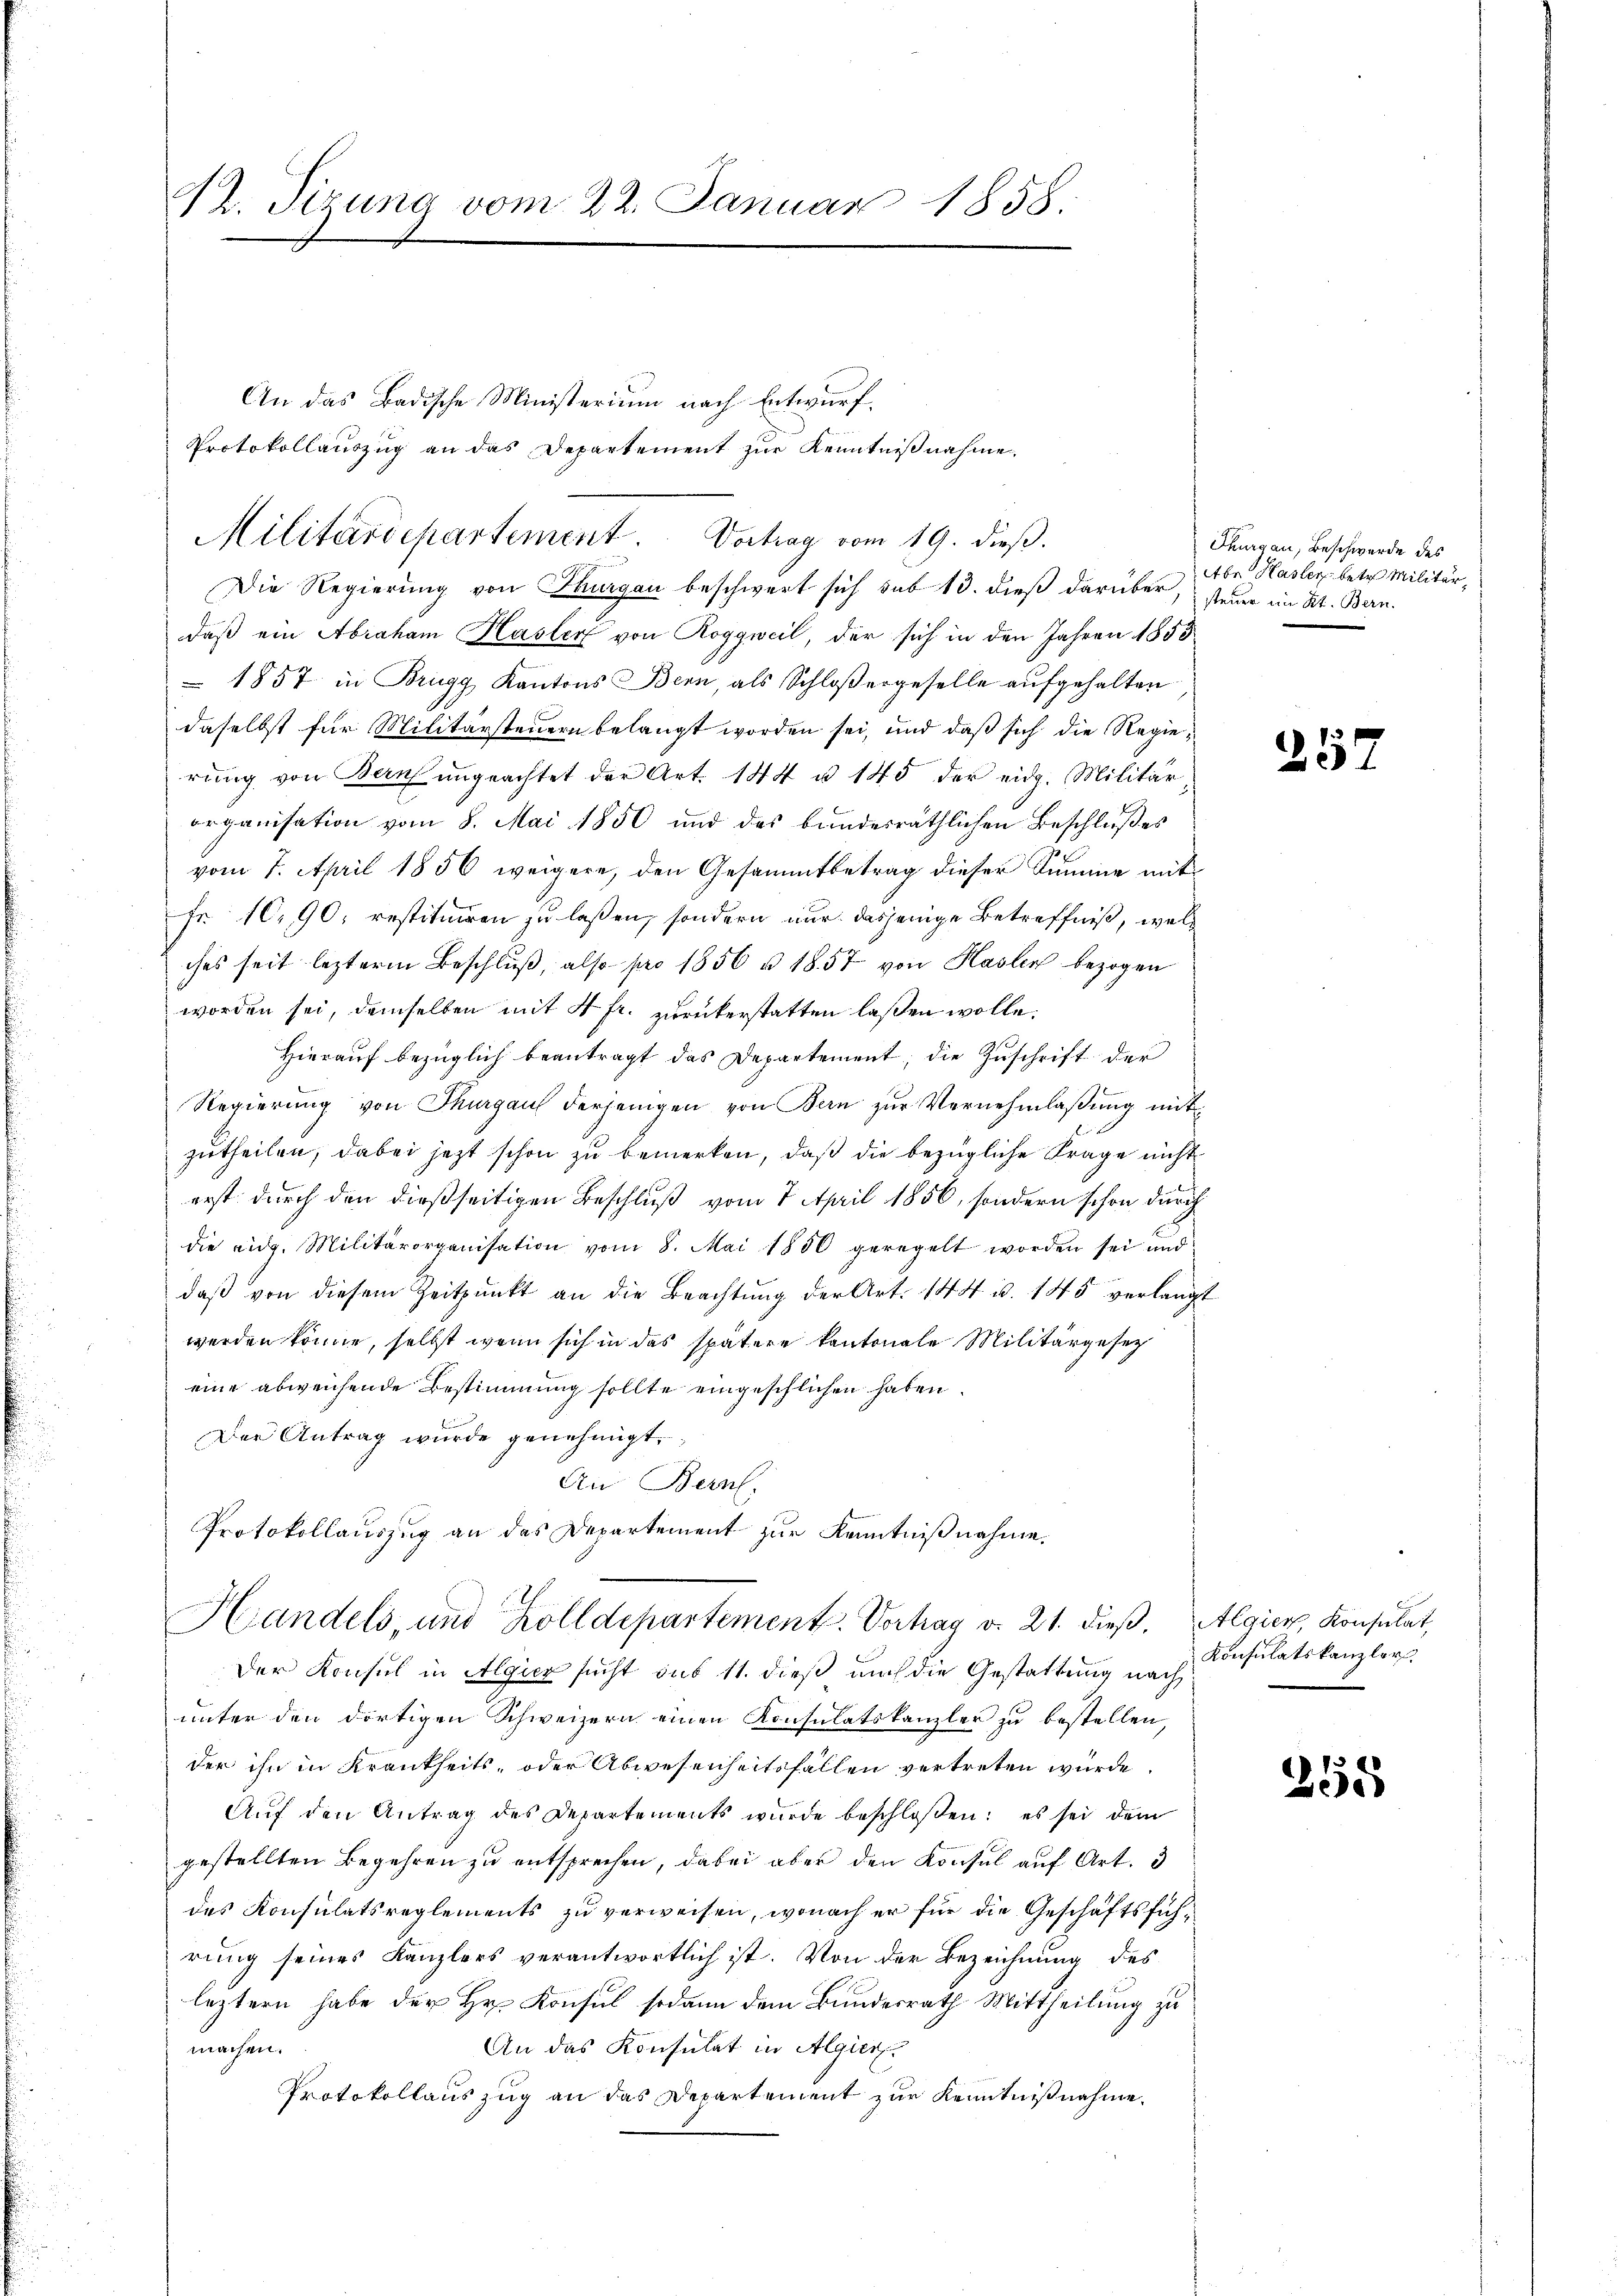
M. Pizuna vom 22. Januar 1858.

Militärdepartement. Vortrag vom 19. dieβ.

An das Badische Ministerium nach Entwurf.
Protokollauszug an das Departement zur Kenntnißnahme

Die Regierung von Thurgau beschwert sich sub 13. dieß darüber, steuer im Kt. Bern.
daß ein Abraham Hasler von Roggweil, der sich in den Jahren 1853
1857 in Brugg Kantons Bern, als Schloßergeselle aufgehalten
daselbst für Militärsteuern belangt worden sei, und daß sich die Regierung von Bern ungeachtet der Art. 144 u. 145 der eidg. Militär
organisation vom 8. Mai 1850 und des bundesräthlichen Beschlußes
vom 7. April 1856 weigere, den Gesammtbetrag dieser Summe mit¬
Fr. 10. 90, restituiren zu laßen, sondern nur dasjenige Betreffniß, welches seit lezterm Beschluß, also pro 1856 u. 1857 von Haslen bezogen
worden sei, demselben mit 4 fr. zurückerstatten laßen wolle.
Hierauf bezüglich beantragt das Departement, die Zuschrift der
Regierung von Thurgaus derjenigen von Bern zur Vernehmlaßung mit
zutheilen, dabei jetzt schon zu bemerken, daß die bezügliche Frage nicht
erst durch den dießseitigen Beschluß vom 7. April 1856, sondern schon durch
die eidg. Militärorganisation vom 8. Mai 1850 geregelt worden sei und
daβ von diesem Zeitpunkt an die Beachtŭng der Art. 144 u. 145 verlangt
werden könne, selbst wenn sich in das spätere kantonale Militärgesetz
eine abweichende Bestimmung sollte eingeschlichen haben.
Der Antrag wurde genehmigt.
An Bern.
Protokollauszug an das Departement zur Kenntnißnahme,

Handels, und Zolldepartement. Vorhag d. 21. dieß. Algien, Konsulat,

Thurgau, Beschwerde des
Abe Hasler betr. Militär¬

Der Konsul in Algier sucht sub 11. dieß auch die Gestattung nach
unter den dortigen Schweizern einen Konsulatskanzler zu bestellen,
der ihn in Krankheits- oder Abwesenheitsfallen vertreten würde.
Auf den Antrag des Departements wurde beschloßen: es sei dem
gestellten Begehren zu entsprechen, dabei aber den Konsul auf Art. 3
des Konsulatsreglements zu verweisen, wonach er für die Geschäftsführung seines Kanzlers verantwortlich ist. Von der Bezeichnung des
leztern habe der Hr. Konsul sodann dem Bundesrath Mittheilung zu
An das Konsulat in Algier
machen.
Protokollauszug an das Departement zur Kenntnißnahme.

257

Konsulatskanzler

355